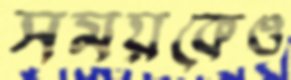
সময়কেও